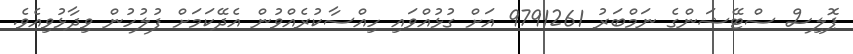
ޕޮލިސް ސްޓޭޝަންގެ ނަމްބަރު 9791261 އަށް ގުޅުއްވައި ހިއްސާކުރެއްވުން އެދޭކަމަށް ފުލުހުން ވިދާޅުވިއެވެ.